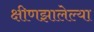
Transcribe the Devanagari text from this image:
क्षीणझालेल्या